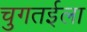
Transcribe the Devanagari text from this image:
चुगतईला